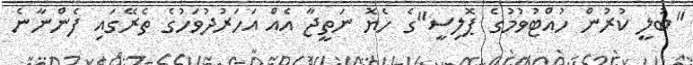
"ބުލީ ކުރުން ހުއްޓުވުމުގެ ޕޮލިސީ"ގެ ހެޔޮ ނަތީޖާ އެއް އަހަރުދުވަހުގެ ތެރޭގައި ފެންނާނެ